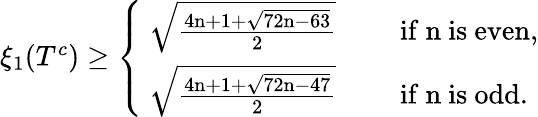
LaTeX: \begin{array}{r}{\xi_{1}(T^{c})\geq\left\{ \begin{array}{ll}{\mathrm{~\sqrt{\frac{4n+1+\sqrt{72n-63}}{2}}~}}&{\quad\mathrm{if~n~is~even,}}\\ {\mathrm{~\sqrt{\frac{4n+1+\sqrt{72n-47}}{2}}~}}&{\quad\mathrm{if~n~is~odd.}}\end{array}\right.}\end{array}